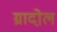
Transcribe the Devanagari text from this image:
ग्रादोल